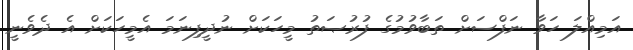
އަމިއްލަ ހަވާ ނަފްސަށް ތަބާވުމުގެ ފުރުޞަތު މީހަކަށް ނުދީފިނަމަ އެމީހަކަށް އެ ދެވެނީ